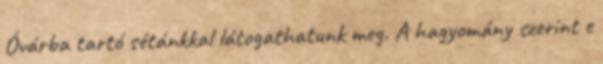
Óvárba tartó sétánkkal látogathatunk meg. A hagyomány szerint e